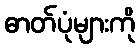
ဓာတ်ပုံများကို